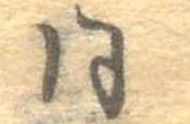
同